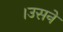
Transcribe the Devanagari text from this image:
।उसने